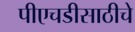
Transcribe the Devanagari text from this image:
पीएचडीसाठीचे